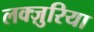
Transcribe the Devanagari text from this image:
लक्ज़ुरिया